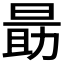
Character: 𬀼